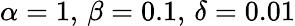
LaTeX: \alpha=1,\, \beta=0.1,\, \delta=0.01